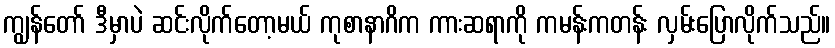
ကျွန်တော် ဒီမှာပဲ ဆင်းလိုက်တော့မယ် ကုစာနာဂိက ကားဆရာကို ကမန်းကတန်း လှမ်းပြောလိုက်သည်။